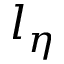
l _ { \eta }